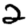
Digit: 2